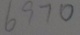
6 9 7 0